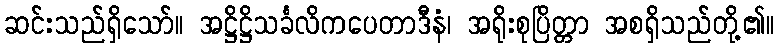
ဆင်းသည်ရှိသော်။ အဋ္ဌိဋ္ဌိသင်္ခလိကပေတာဒီနံ၊ အရိုးစုပြိတ္တာ အစရှိသည်တို့၏။